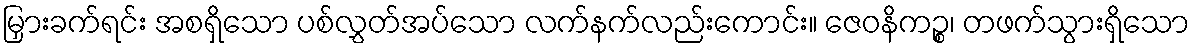
မြှားခက်ရင်း အစရှိသော ပစ်လွှတ်အပ်သော လက်နက်လည်းကောင်း။ ဇေဝနိကဉ္စ၊ တဖက်သွားရှိသော